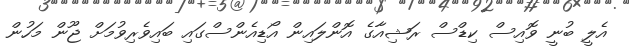
އެލީ ބުނީ ވޮއިސް ކިޑްސް ރަޝިއާގެ އޮންލައިން އޯޑިއެންސްގައި ބައިވެރިވުމަށް ޖޫން މަހުން